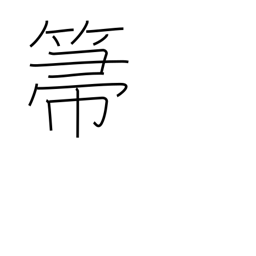
Meaning: broom